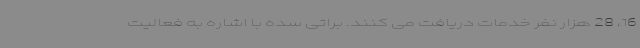
16، 28 هزار نفر خدمات دریافت می کنند. براتی سده با اشاره به فعالیت